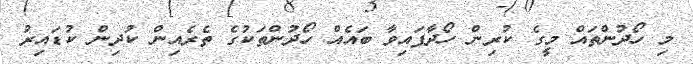
މި ހޯދުންތައް މީގެ ކުރިން ހޯދާފައިވާ ބައެއް ހޯދުންތަކުގެ ތެރެއިން ކުދިން ކުޑައިރު